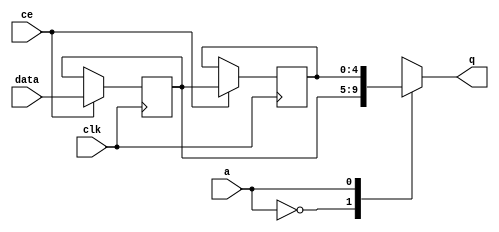
module td_fused_top_fifo_w5_d2_S_x1_shiftReg (
    clk,
    data,
    ce,
    a,
    q);

parameter DATA_WIDTH = 32'd5;
parameter ADDR_WIDTH = 32'd1;
parameter DEPTH = 2'd2;

input clk;
input [DATA_WIDTH-1:0] data;
input ce;
input [ADDR_WIDTH-1:0] a;
output [DATA_WIDTH-1:0] q;

reg[DATA_WIDTH-1:0] sr_0, sr_1;
integer i;

always @ (posedge clk)
    begin
        if (ce)
        begin
            sr_0 <= data;
            sr_1 <= sr_0;


        end
    end

always @( sr_0, sr_1, a) begin
   case (a)
      1'd0: q = sr_0;
      1'd1: q = sr_1;
      default: q = sr_1;
   endcase
end

endmodule